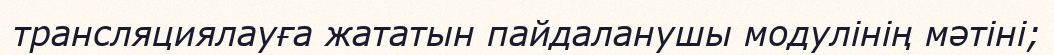
трансляциялауға жататын пайдаланушы модулінің мәтіні;